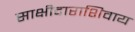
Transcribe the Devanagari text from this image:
साक्षीदाराशिवाय